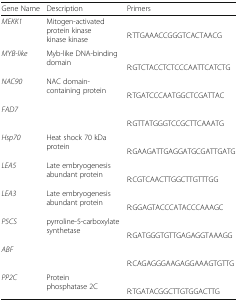
<table><thead><tr><td><b>Gene Name</b></td><td><b>Description</b></td><td><b>Primers</b></td></tr></thead><tbody><tr><td rowspan="2"><i>MEKK1</i></td><td rowspan="2">Mitogen-activated protein kinase kinase kinase</td><td>[EMPTY_CELL]</td></tr><tr><td>R:TTGAAACCGGGTCACTAACG</td></tr><tr><td rowspan="2"><i>MYB-like</i></td><td rowspan="2">Myb-like DNA-binding domain</td><td>[EMPTY_CELL]</td></tr><tr><td>R:GTCTACCTCTCCCAATTCATCTG</td></tr><tr><td rowspan="2"><i>NAC90</i></td><td rowspan="2">NAC domain-containing protein</td><td>[EMPTY_CELL]</td></tr><tr><td>R:TGATCCCAATGGCTCGATTAC</td></tr><tr><td rowspan="2"><i>FAD7</i></td><td rowspan="2">[EMPTY_CELL]</td><td>[EMPTY_CELL]</td></tr><tr><td>R:GTTATGGGTCCGCTTCAAATG</td></tr><tr><td rowspan="2"><i>Hsp70</i></td><td rowspan="2">Heat shock 70 kDa protein</td><td>[EMPTY_CELL]</td></tr><tr><td>R:GAAGATTGAGGATGCGATTGATG</td></tr><tr><td rowspan="2"><i>LEA5</i></td><td rowspan="2">Late embryogenesis abundant protein</td><td>[EMPTY_CELL]</td></tr><tr><td>R:CGTCAACTTGGCTTGTTTGG</td></tr><tr><td rowspan="2"><i>LEA3</i></td><td rowspan="2">Late embryogenesis abundant protein</td><td>[EMPTY_CELL]</td></tr><tr><td>R:GGAGTACCCATACCCAAAGC</td></tr><tr><td rowspan="2"><i>P5CS</i></td><td rowspan="2">pyrroline-5-carboxylate synthetase</td><td>[EMPTY_CELL]</td></tr><tr><td>R:GATGGGTGTTGAGAGGTAAAGG</td></tr><tr><td rowspan="2"><i>ABF</i></td><td rowspan="2">[EMPTY_CELL]</td><td>[EMPTY_CELL]</td></tr><tr><td>R:CAGAGGGAAGAGGAAAGTGTTG</td></tr><tr><td rowspan="2"><i>PP2C</i></td><td rowspan="2">Protein phosphatase 2C</td><td>[EMPTY_CELL]</td></tr><tr><td>R:TGATACGGCTTGTGGACTTG</td></tr></tbody></table>